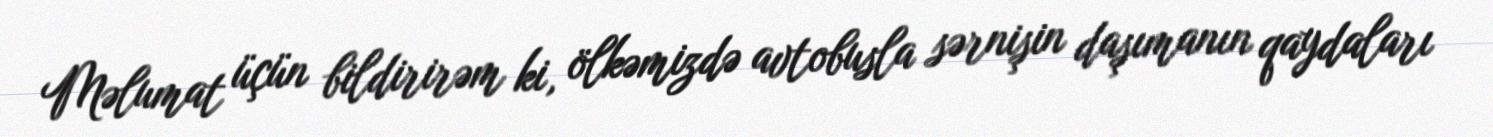
Məlumat üçün bildirirəm ki, ölkəmizdə avtobusla sərnişin daşımanın qaydaları